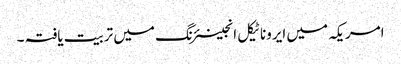
امریکہ میں ایروناٹیکل انجینئرنگ میں تربیت یافتہ ۔